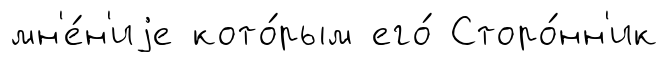
мн'е́н'иjе кото́рым его́ Сторо́нн'ик